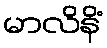
မာလိနိံ